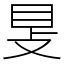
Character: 𥄎